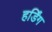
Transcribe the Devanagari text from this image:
हर्डिंग